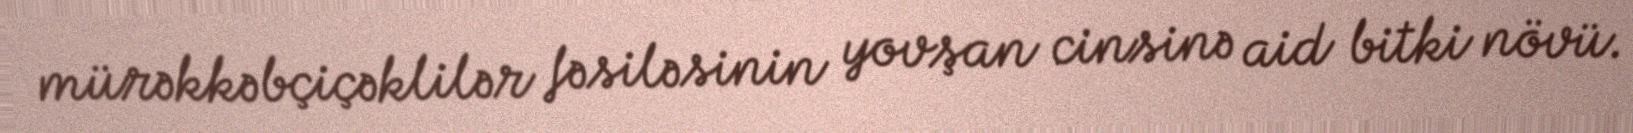
mürəkkəbçiçəklilər fəsiləsinin yovşan cinsinə aid bitki növü.